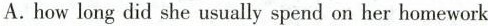
A.how long did she usually spend on her homework